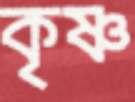
কৃষ্ণ